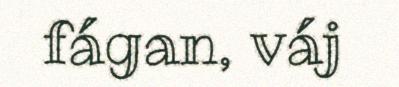
fágan, váj